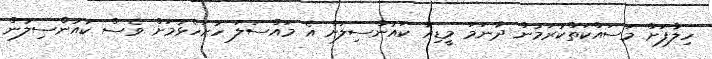
ހިލާފަށް މަސައްކަތްކުރަމުން ދާނަމަ މީޑިއާ ކައުންސިލަށް އެ މައްސަލަ ހުށަހެޅުމަށް ވެސް ކައުންސިލުން